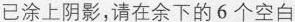
已涂上阴影，请在余下的6个空白